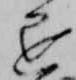
退